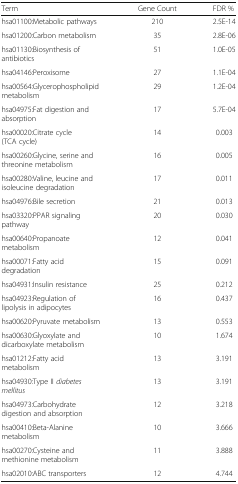
| Term | Gene Count | FDR % |
 | --- | --- | --- |
 | hsa01100:Metabolic pathways | 210 | 2.5E-14 |
 | hsa01200:Carbon metabolism | 35 | 2.8E-06 |
 | hsa01130:Biosynthesis of antibiotics | 51 | 1.0E-05 |
 | hsa04146:Peroxisome | 27 | 1.1E-04 |
 | hsa00564:Glycerophospholipid metabolism | 29 | 1.2E-04 |
 | hsa04975:Fat digestion and absorption | 17 | 5.7E-04 |
 | hsa00020:Citrate cycle (TCA cycle) | 14 | 0.003 |
 | hsa00260:Glycine, serine and threonine metabolism | 16 | 0.005 |
 | hsa00280:Valine, leucine and isoleucine degradation | 17 | 0.011 |
 | hsa04976:Bile secretion | 21 | 0.013 |
 | hsa03320:PPAR signaling pathway | 20 | 0.030 |
 | hsa00640:Propanoate metabolism | 12 | 0.041 |
 | hsa00071:Fatty acid degradation | 15 | 0.091 |
 | hsa04931:Insulin resistance | 25 | 0.212 |
 | hsa04923:Regulation of lipolysis in adipocytes | 16 | 0.437 |
 | hsa00620:Pyruvate metabolism | 13 | 0.553 |
 | hsa00630:Glyoxylate and dicarboxylate metabolism | 10 | 1.674 |
 | hsa01212:Fatty acid metabolism | 13 | 3.191 |
 | hsa04930:Type II diabetes mellitus | 13 | 3.191 |
 | hsa04973:Carbohydrate digestion and absorption | 12 | 3.218 |
 | hsa00410:Beta-Alanine metabolism | 10 | 3.666 |
 | hsa00270:Cysteine and methionine metabolism | 11 | 3.888 |
 | hsa02010:ABC transporters | 12 | 4.744 |